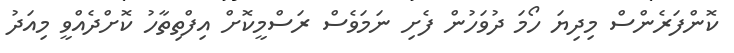
ކޮންފަރެންސް މިދިޔަ ހޯމަ ދުވަހުން ފެށި ނަމަވެސް ރަސްމީކޮށް އިފްތިތާހު ކޮށްދެއްވީ މިއަދު